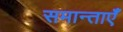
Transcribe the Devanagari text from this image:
समान्ताएँ